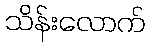
သိန်းလောက်